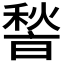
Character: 𮃢